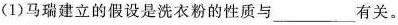
(1)马瑞建立的假设是洗衣粉的性质与____有关。